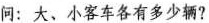
问：大、小客车各有多少辆?